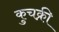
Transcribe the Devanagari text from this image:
कुचक्री